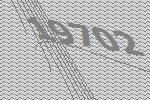
19702